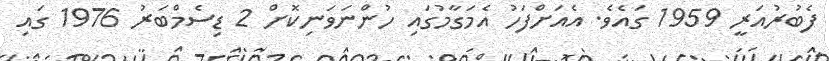
ފެބުރުއަރީ 1959 ގައެވެ. އެއަށްފަހު އެމަގާމުގައި ހުންނަވަނިކޮށް 2 ޑިސެމްބަރު 1976 ގައި